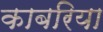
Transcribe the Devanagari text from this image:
काबरिया